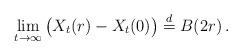
LaTeX: \begin{align*} \lim_{t \to \infty}\big(X_t(r)-X_t(0)\big)\stackrel{d}{=}B(2r)\,.\end{align*}